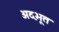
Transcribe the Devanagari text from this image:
अद़भूत